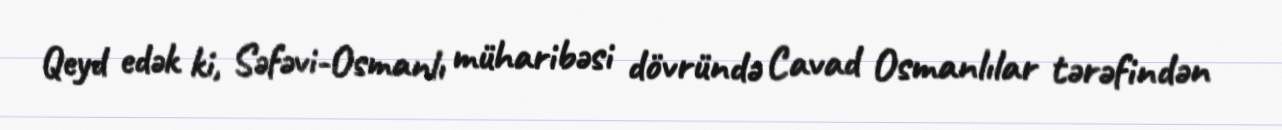
Qeyd edək ki, Səfəvi-Osmanlı müharibəsi dövründə Cavad Osmanlılar tərəfindən